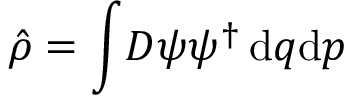
\hat { \rho } = \int \! D \psi \psi ^ { \dagger } \, \mathrm { d } q \mathrm { d } p